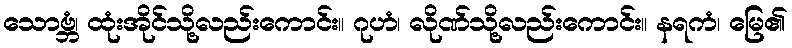
သောဗ္ဘံ၊ ထုံးအိုင်သို့လည်းကောင်း။ ဂုဟံ၊ လိုဏ်သို့လည်းကောင်း။ နရကံ၊ မြေ၏